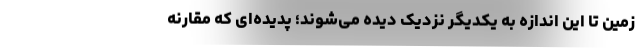
زمین تا این اندازه به یکدیگر نزدیک دیده می‌شوند؛ پدیده‌ای که مقارنه